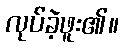
လုပ်ခဲ့ဖူး၏။